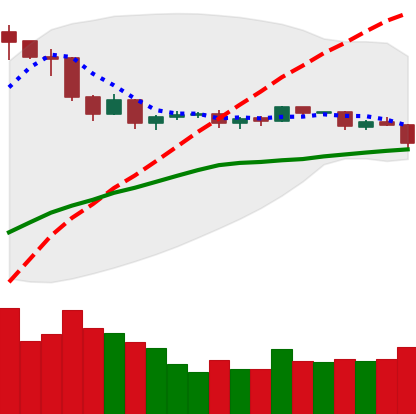
Ticker: DOGE-USD
Chart end date: 2019-04-24
Forward return: -5.117%
Label: down_5_7